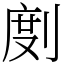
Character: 剫